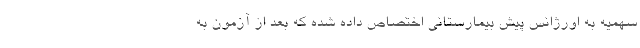
سهمیه به اورژانس پیش بیمارستانی اختصاص داده شده که بعد از آزمون به